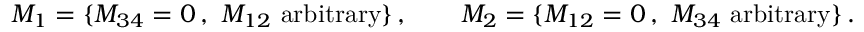
{ \cal M } _ { 1 } = \{ M _ { 3 4 } = 0 \, , ~ M _ { 1 2 } \mathrm { ~ a r b i t r a r y } \} \, , \qquad { \cal M } _ { 2 } = \{ M _ { 1 2 } = 0 \, , ~ M _ { 3 4 } \mathrm { ~ a r b i t r a r y } \} \, .